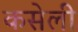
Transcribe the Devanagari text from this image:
कसेली